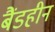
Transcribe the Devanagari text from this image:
बैंडहीन